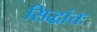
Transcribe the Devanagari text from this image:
सिद्धांतः